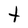
Character: t